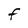
Character: f